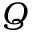
Q